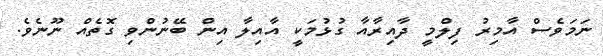
ނަމަވެސް އާމިރު ފިލްމީ ދާއިރާއާ ގުޅުމަކީ އާއިލާ އިން ބޭނުންވި ގޮތެއް ނޫނެވެ.